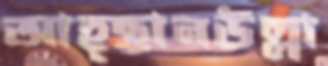
আহ্ছানউল্লা